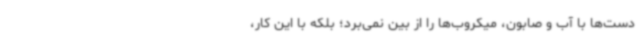
دست‌ها با آب و صابون، میکروب‌ها را از بین نمی‌برد؛ بلکه با این کار،